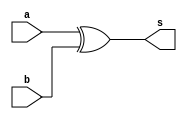
// -------------------------
// Exemplo0027 - Extra 02
// Nome: Bruno Cezar Andrade Viallet 
// ------------------------- 

// ------------------------- 
// Comparador de Diferena
// ------------------------- 

module compD (output [3:0]s, input [3:0]a, input [3:0]b); 
	// descrever por portas 
	
	assign s = (a ^ b);
	
endmodule // compD


// ------------------------- 
// Comparador de Igualdade
// ------------------------- 

module compI (output [3:0]s, input [3:0]a, input [3:0]b); 
	// descrever por portas 
	
	assign s = ~(a ^ b);
	
endmodule // compI 


// ------------------------- 
// Seletor
// ------------------------- 

module seletor (output [3:0]s, input [3:0]a, input [3:0]b, input [3:0] chave); 
	wire [3:0] s1;
	wire [3:0] s2;
	wire [3:0] a1;
	wire [3:0] a2;
	
	// descrever por portas 
	
	compI comparador1(s1, a, b);
	compD comparador2(s2, a, b);
	
	assign a1 = (s1 & ~chave);
	assign a2 = (s2 & chave);
	assign s = (a1 | a2);
	
	
endmodule // seletor

module test_seletor; 
// ------------------------- definir dados 
	reg [3:0] x; 
	reg [3:0] y;
	reg [3:0] chave;
	 
	wire [3:0] r; 
	
// ------------------------- instancia
	seletor modulo(r, x, y, chave);

// ------------------------- parte principal 
	initial begin 
		$display("Exemplo0027 - Bruno Cezar Andrade Viallet - 396679"); 
		$display("Teste Comparador de Diferena ou Igualdade"); 
		
		x = 4'b0000;
		y = 4'b0000;
		chave = 4'b0000;
		#1 $display("%b  %b = %b // Chave = %b", x, y, r, chave);
		chave = 4'b1111;
		#1 $display("%b  %b = %b // Chave = %b", x, y, r, chave);
		
	
		
		x = 4'b0001;
		y = 4'b0000;
		
		chave = 4'b0000;
		#1 $display("%b  %b = %b // Chave = %b", x, y, r, chave);
		chave = 4'b1111;
		#1 $display("%b  %b = %b // Chave = %b", x, y, r, chave);
		
		x = 4'b0101;
		y = 4'b1011;
		
		chave = 4'b0000;
		#1 $display("%b  %b = %b // Chave = %b", x, y, r, chave);
		chave = 4'b1111;
		#1 $display("%b  %b = %b // Chave = %b", x, y, r, chave);
	
	end 
endmodule // test_seletor

// OBS.: EXPERIMENTAR AS DEFINICOES POR PORTAS !